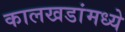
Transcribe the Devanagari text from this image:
कालखडांमध्ये